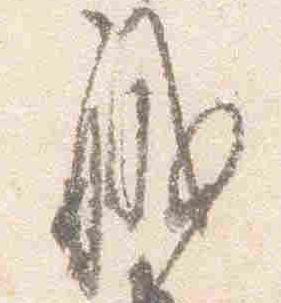
職